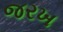
જરખ